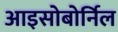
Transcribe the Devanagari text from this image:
आइसोबोर्निल